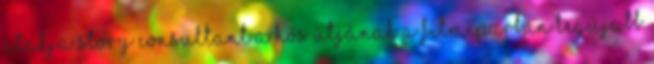
alakja story consultant a Hős Útjának a filmiparban Legújabb